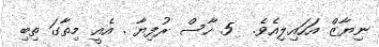
ނިޔާޒް އަހައިލިއެވެ.  5 ހާސް ރުފިޔާ . އެއީ މިތާގަ ތިބި